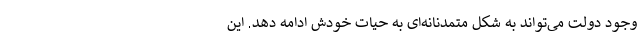
وجود دولت می‌تواند به شکل متمدنانه‌ای به حیات خودش ادامه دهد. این